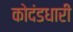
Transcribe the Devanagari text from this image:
कोदंडधारी